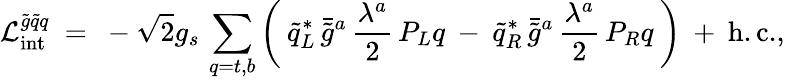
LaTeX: {\cal L}_{\mathrm{int}}^{\tilde{g}\tilde{q}q}\ =\ -\sqrt{2}g_{s}\, \sum_{q=t,b}\bigg(\: \tilde{q}_{L}^{*}\, \bar{\tilde{g}}^{a}\, \frac{\lambda^{a}}{2}\, P_{L}q\: -\: \tilde{q}_{R}^{*}\, \bar{\tilde{g}}^{a}\, \frac{\lambda^{a}}{2}\, P_{R}q\: \bigg)\: +\: \mathrm{h.c.},